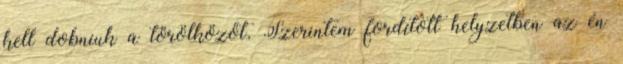
kell dobniuk a törölközőt. Szerintem fordított helyzetben az én